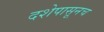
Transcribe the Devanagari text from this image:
दशेपासूनच